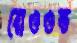
বোওওল্ড